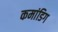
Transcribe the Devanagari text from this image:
कमांडिग